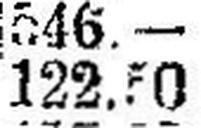
122.50